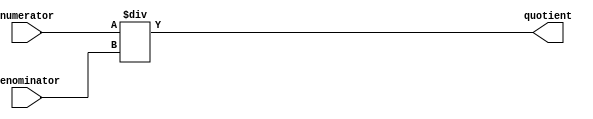
module Fractional_Divider(
    input wire [7:0] numerator,
    input wire [7:0] denominator,
    output reg [7:0] quotient
);

// Arithmetic block for fractional division
always @* begin
    quotient = numerator / denominator;
end

endmodule